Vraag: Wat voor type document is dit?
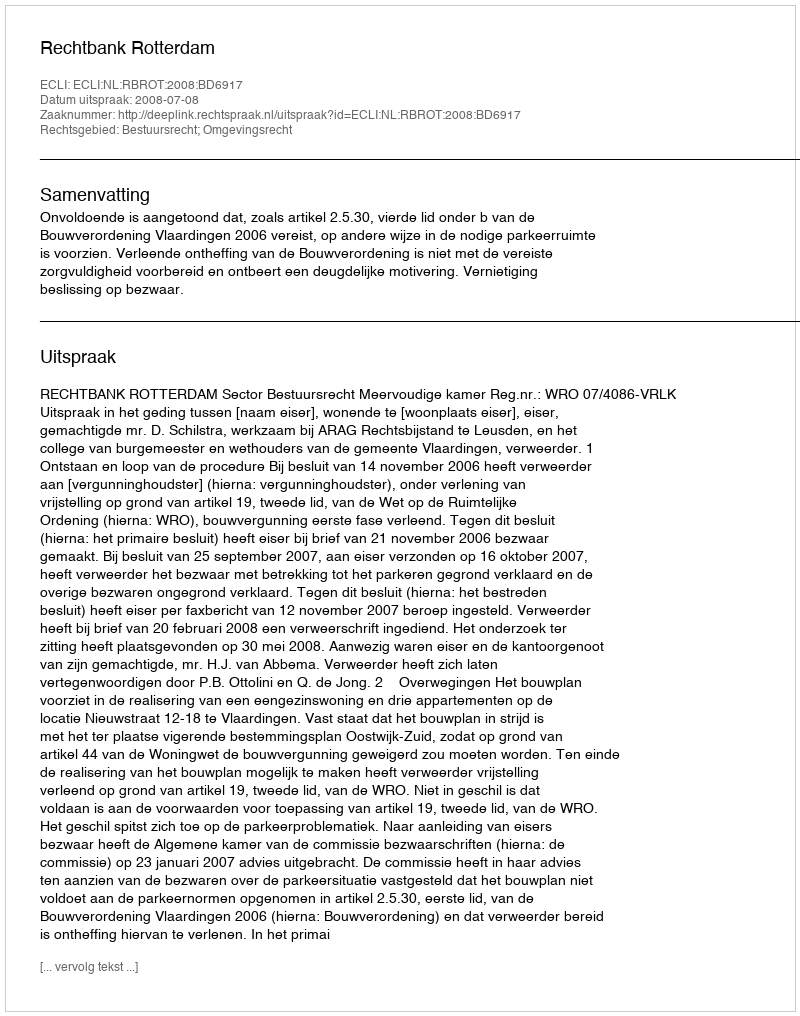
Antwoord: Uitspraak